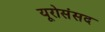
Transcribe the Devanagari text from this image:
यूरोसंसद